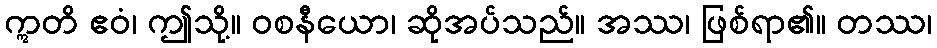
ဣတိ ဧဝံ၊ ဤသို့။ ဝစနီယော၊ ဆိုအပ်သည်။ အဿ၊ ဖြစ်ရာ၏။ တဿ၊